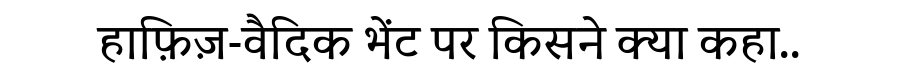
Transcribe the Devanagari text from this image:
हाफ़िज़-वैदिक भेंट पर किसने क्या कहा..